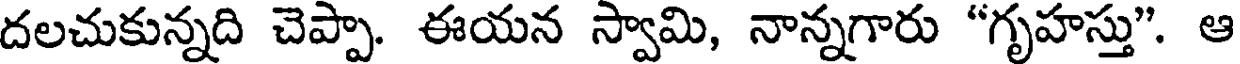
దలచుకున్నది చెప్పా. ఈయన స్వామి, నాన్నగారు "గృహస్తు". ఆ